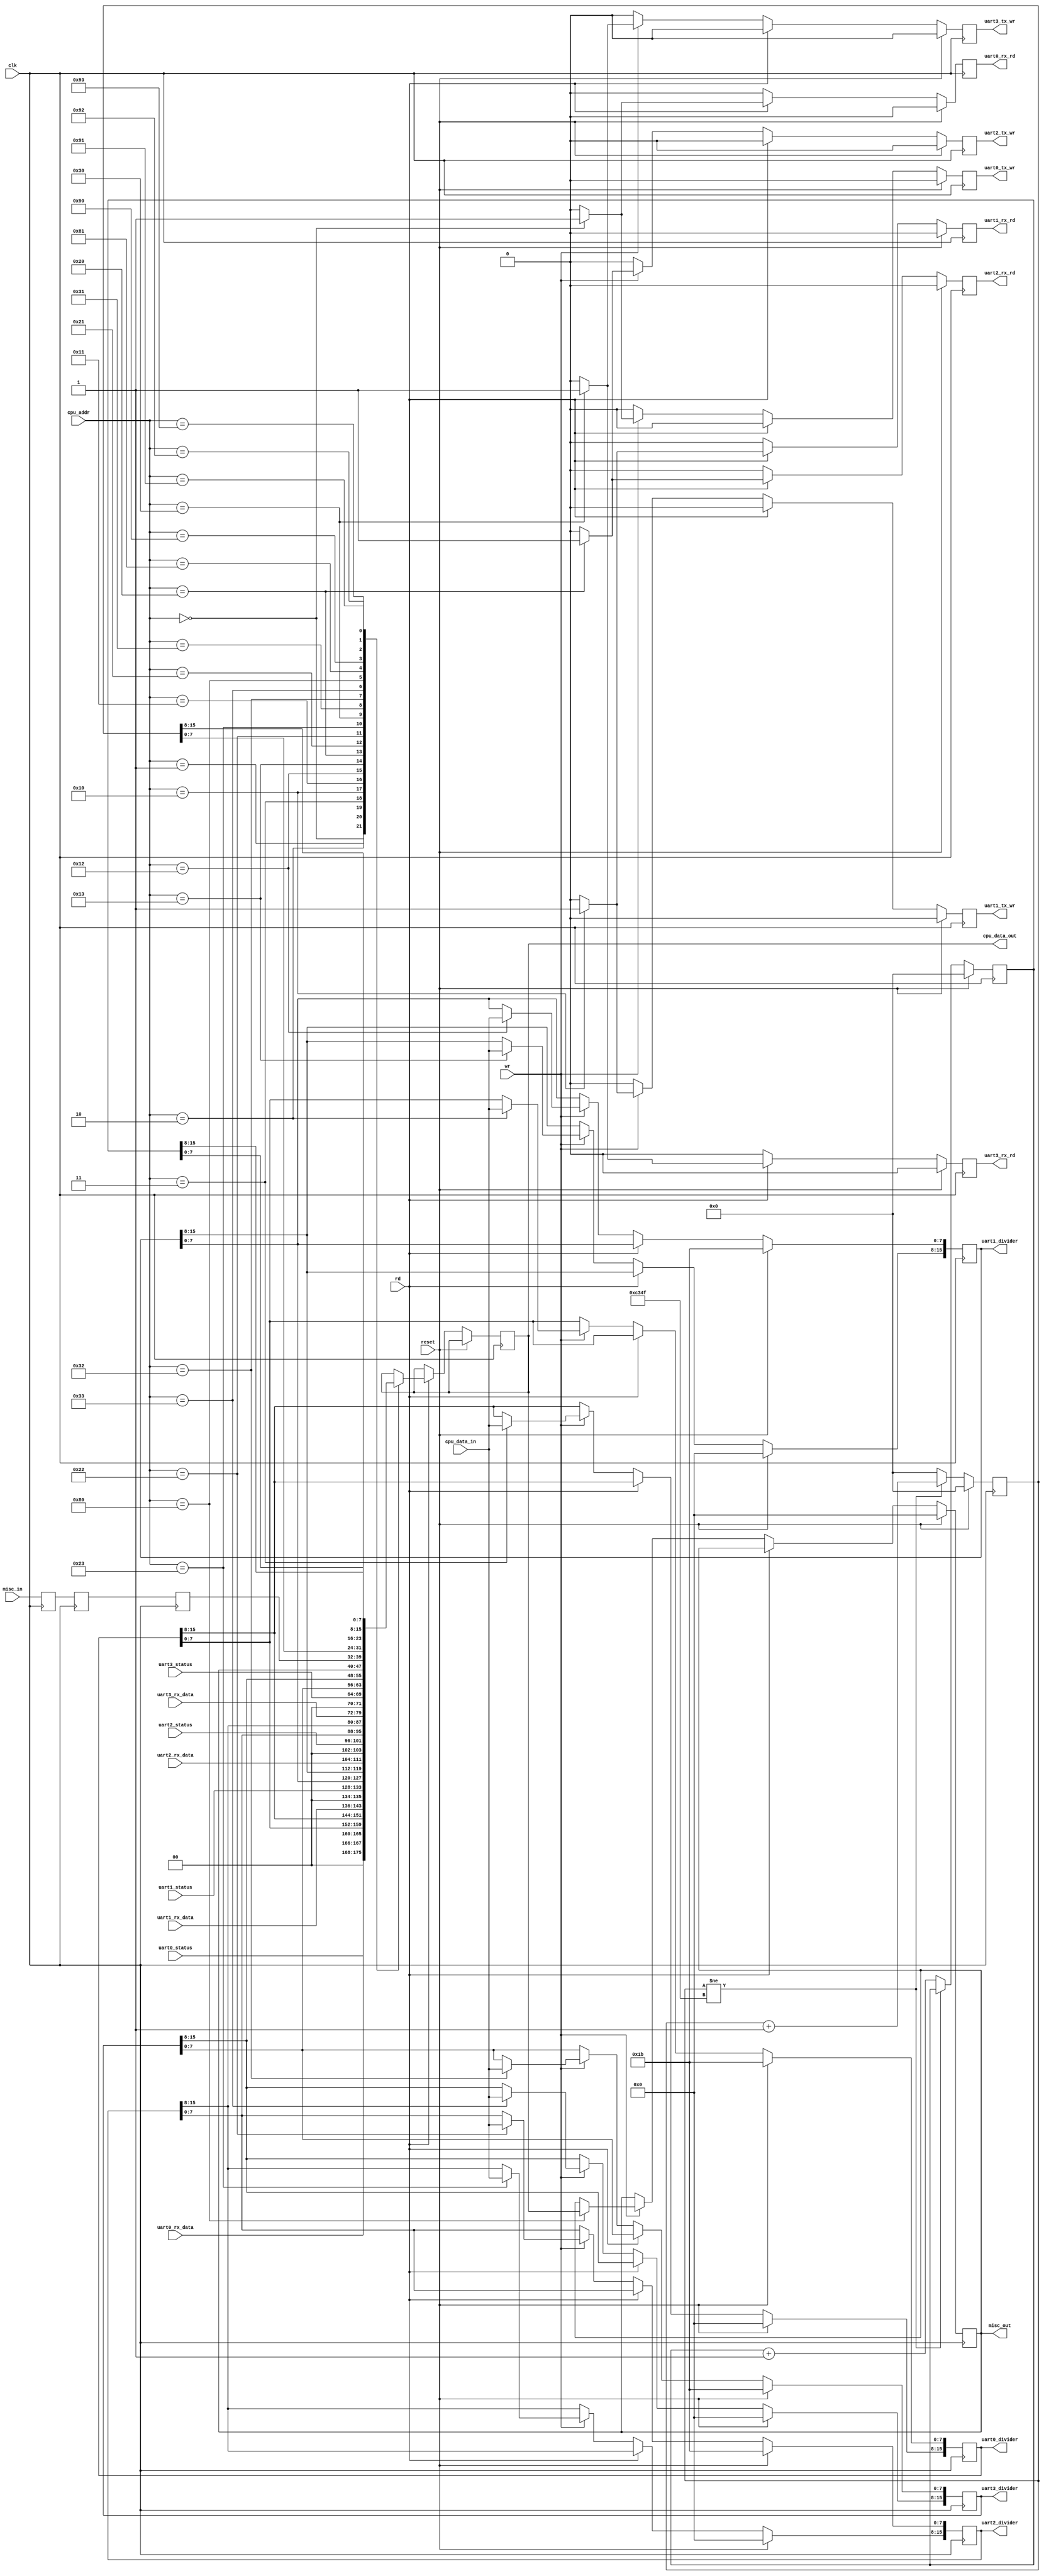
`timescale 1ns / 1ps
//////////////////////////////////////////////////////////////////////////////////
// Company: 
// Engineer: 
// 
// Design Name: 
// Module Name:    uart_cpu_if 
// Project Name: 
// Target Devices: 
// Tool versions: 
// Description: 
//
// Dependencies: 
//
// Revision: 
// Revision 0.01 - File Created
// Additional Comments: 
//
//////////////////////////////////////////////////////////////////////////////////
module uart_cpu_if(
	input clk,
	input reset,

	input [7:0] cpu_data_in,
	output reg [7:0] cpu_data_out,
	input [7:0] cpu_addr,
	input rd,
	input wr,
	
	output reg [15:0] uart0_divider,
	output reg uart0_tx_wr,
	output reg uart0_rx_rd,
	input [7:0] uart0_rx_data,
	input [5:0] uart0_status,

	output reg [15:0] uart1_divider,
	output reg uart1_tx_wr,
	output reg uart1_rx_rd,
	input [7:0] uart1_rx_data,
	input [5:0] uart1_status,

	output reg [15:0] uart2_divider,
	output reg uart2_tx_wr,
	output reg uart2_rx_rd,
	input [7:0] uart2_rx_data,
	input [5:0] uart2_status,

	output reg [15:0] uart3_divider,
	output reg uart3_tx_wr,
	output reg uart3_rx_rd,
	input [7:0] uart3_rx_data,
	input [5:0] uart3_status,
	
	input [7:0] misc_in,
	output reg [7:0] misc_out
);

reg [7:0] misc_in_reg;
reg [7:0] misc_in_reg1;
reg [7:0] misc_in_reg2;

always @(posedge clk)
	begin
		misc_in_reg2 <= misc_in;
		misc_in_reg1 <= misc_in_reg2;
		misc_in_reg <= misc_in_reg1;
	end

reg [15:0] timer_reg_ms;
reg [15:0] timer_reg_ticks;

always @(posedge clk)
	begin
		if (reset)
			begin
				timer_reg_ticks <= 0;
				timer_reg_ms <= 0;
			end
		else if (timer_reg_ticks != 49999)
			begin
				timer_reg_ticks <= timer_reg_ticks + 1;
			end
		else
			begin
				timer_reg_ticks <= 0;
				timer_reg_ms <= timer_reg_ms + 1;
			end
	end

always @(posedge clk)
	begin
		uart0_tx_wr <= 0;
		uart0_rx_rd <= 0;
		uart1_tx_wr <= 0;
		uart1_rx_rd <= 0;
		uart2_tx_wr <= 0;
		uart2_rx_rd <= 0;
		uart3_tx_wr <= 0;
		uart3_rx_rd <= 0;
		if (reset)
			begin
				misc_out <= 0;
				uart0_divider <= 27;
				uart1_divider <= 27;
				uart2_divider <= 27;
				uart3_divider <= 27;
			end
		else if (rd)
			begin
				case (cpu_addr)
					0: begin
						cpu_data_out <= uart0_rx_data;
						uart0_rx_rd <= 1;
					end
					1: cpu_data_out <= uart0_status;
					2: cpu_data_out <= uart0_divider[7:0];
					3: cpu_data_out <= uart0_divider[15:8];
					
					16: begin
						cpu_data_out <= uart1_rx_data;
						uart1_rx_rd <= 1;
					end
					17: cpu_data_out <= uart1_status;
					18: cpu_data_out <= uart1_divider[7:0];
					19: cpu_data_out <= uart1_divider[15:8];
					
					32: begin
						cpu_data_out <= uart2_rx_data;
						uart2_rx_rd <= 1;
					end
					33: cpu_data_out <= uart2_status;
					34: cpu_data_out <= uart2_divider[7:0];
					35: cpu_data_out <= uart2_divider[15:8];
					
					48: begin
						cpu_data_out <= uart3_rx_data;
						uart3_rx_rd <= 1;
					end
					49: cpu_data_out <= uart3_status;
					50: cpu_data_out <= uart3_divider[7:0];
					51: cpu_data_out <= uart3_divider[15:8];
					
					128: cpu_data_out <= misc_out;
					129: cpu_data_out <= misc_in_reg;

					144: cpu_data_out <= timer_reg_ticks[7:0];
					145: cpu_data_out <= timer_reg_ticks[15:8];
					146: cpu_data_out <= timer_reg_ms[7:0];
					147: cpu_data_out <= timer_reg_ms[15:8];
				endcase
			end
		else if (wr)
			begin
				case (cpu_addr)
					0: begin
						uart0_tx_wr <= 1;
					end
					2: uart0_divider[7:0] <= cpu_data_in;
					3: uart0_divider[15:8] <= cpu_data_in;
					
					16: begin
						uart1_tx_wr <= 1;
					end
					18: uart1_divider[7:0] <= cpu_data_in;
					19: uart1_divider[15:8] <= cpu_data_in;
					
					32: begin
						uart2_tx_wr <= 1;
					end
					34: uart2_divider[7:0] <= cpu_data_in;
					35: uart2_divider[15:8] <= cpu_data_in;
					
					48: begin
						uart3_tx_wr <= 1;
					end
					50: uart3_divider[7:0] <= cpu_data_in;
					51: uart3_divider[15:8] <= cpu_data_in;
					
					128: misc_out <= cpu_data_out;
				endcase
			end
	end

endmodule